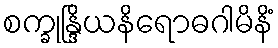
စက္ခုန္ဒြိယနိရောဓဂါမိနိံ